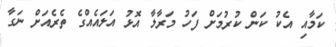
ކަމާއި އެކު ކަން ކުރުމަށް ފަހު މަރާލާ އޮޅު އަލައެއްގެ ތެރެއަށް ނަގާ